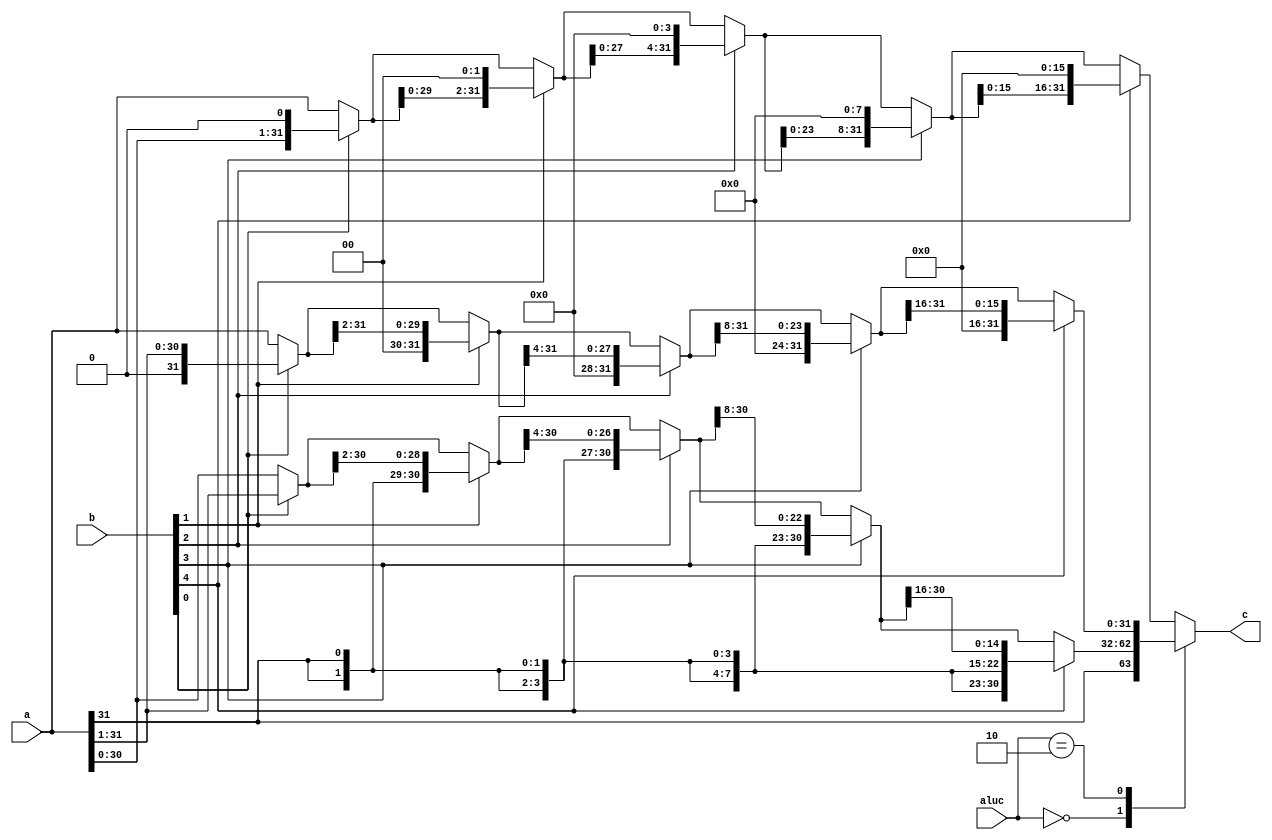
module barrelshifter32(input [31:0] a,
                       input [4:0] b,
                       input [1:0] aluc,
                       output reg [31:0] c);
reg [31:0] temp;
always @(*) begin
    case (aluc)
        2'b00: begin
            temp = b[0]?{a[31],a[31:1]}:a;
            temp = b[1]?{{2{a[31]}},temp[31:2]}:temp;
            temp = b[2]?{{4{a[31]}},temp[31:4]}:temp;
            temp = b[3]?{{8{a[31]}},temp[31:8]}:temp;
            temp = b[4]?{{16{a[31]}},temp[31:16]}:temp;
            
        end
        2'b10:begin
            temp = b[0]?{1'b0,a[31:1]}:a;
            temp = b[1]?{{2{1'b0}},temp[31:2]}:temp;
            temp = b[2]?{{4{1'b0}},temp[31:4]}:temp;
            temp = b[3]?{{8{1'b0}},temp[31:8]}:temp;
            temp = b[4]?{{16{1'b0}},temp[31:16]}:temp;
        end
        //11 or 01
        default: begin
            temp = b[0]?{a[30:0],1'b0}:a;
            temp = b[1]?{temp[29:0],{2{1'b0}}}:temp;
            temp = b[2]?{temp[27:0],{4{1'b0}}}:temp;
            temp = b[3]?{temp[23:0],{8{1'b0}}}:temp;
            temp = b[4]?{temp[15:0],{16{1'b0}}}:temp;
        end
    endcase
    c = temp;
end

endmodule